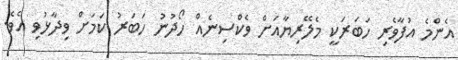
އެންމެ އުފާވެރި ހަބަރަކީ މެލޭރިޔާއަށް ވެކްސިނެއް ހޯދުނު ހަބަރު ކަމަށް ވިދާޅުވި އެވެ.